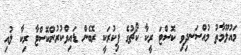
މައުލޫމާތު މުއްސަނދިވި ކޮސްޓަ ރީކާ ކޯޗުގެ ފިކުރަކީ ރޮބެން ޑައިވްކުރުންކޮސްޓާ ރިކާ ލުއި